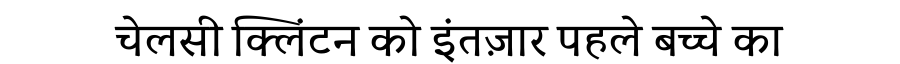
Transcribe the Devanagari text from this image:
चेलसी क्लिंटन को इंतज़ार पहले बच्चे का